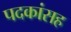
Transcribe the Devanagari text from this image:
पदकांसह